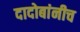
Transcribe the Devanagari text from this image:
दादोबांनीच